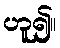
ဟူ၍။